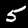
Digit: 5